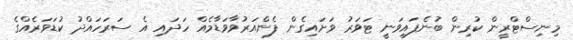
މިނިސްޓްރީން ކުރިން ބުނެފައިވަނީ ޓަވަރު ވަށައިގެން ފެންއަރުވާވަޑާމެއް ހަަދައި އެ ސަރަހައްދު ކުޑަވަރެއްގެ